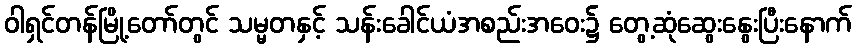
ဝါရှင်တန်မြို့တော်တွင် သမ္မတနှင့် သန်းခေါင်ယံအစည်းအဝေး၌ တွေ့ဆုံဆွေးနွေးပြီးနောက်